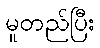
မူတည်ပြီး